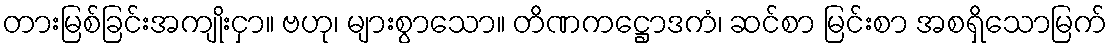
တားမြစ်ခြင်းအကျိုးငှာ။ ဗဟု၊ များစွာသော။ တိဏကဋ္ဌောဒကံ၊ ဆင်စာ မြင်းစာ အစရှိသောမြက်